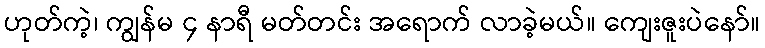
ဟုတ်ကဲ့၊ ကျွန်မ ၄ နာရီ မတ်တင်း အရောက် လာခဲ့မယ်။ ကျေးဇူးပဲနော်။